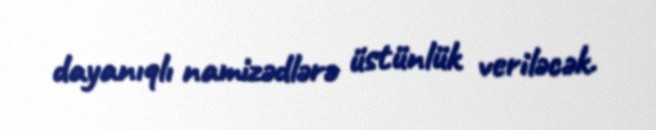
dayanıqlı namizədlərə üstünlük veriləcək.